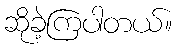
ဆိုခဲ့ကြပါတယ်။